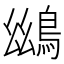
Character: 𪀨